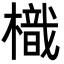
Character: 樴